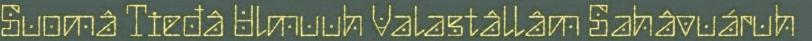
Suomâ Tieđâ Ulmuuh Valastâllâm Sahâvuáruh